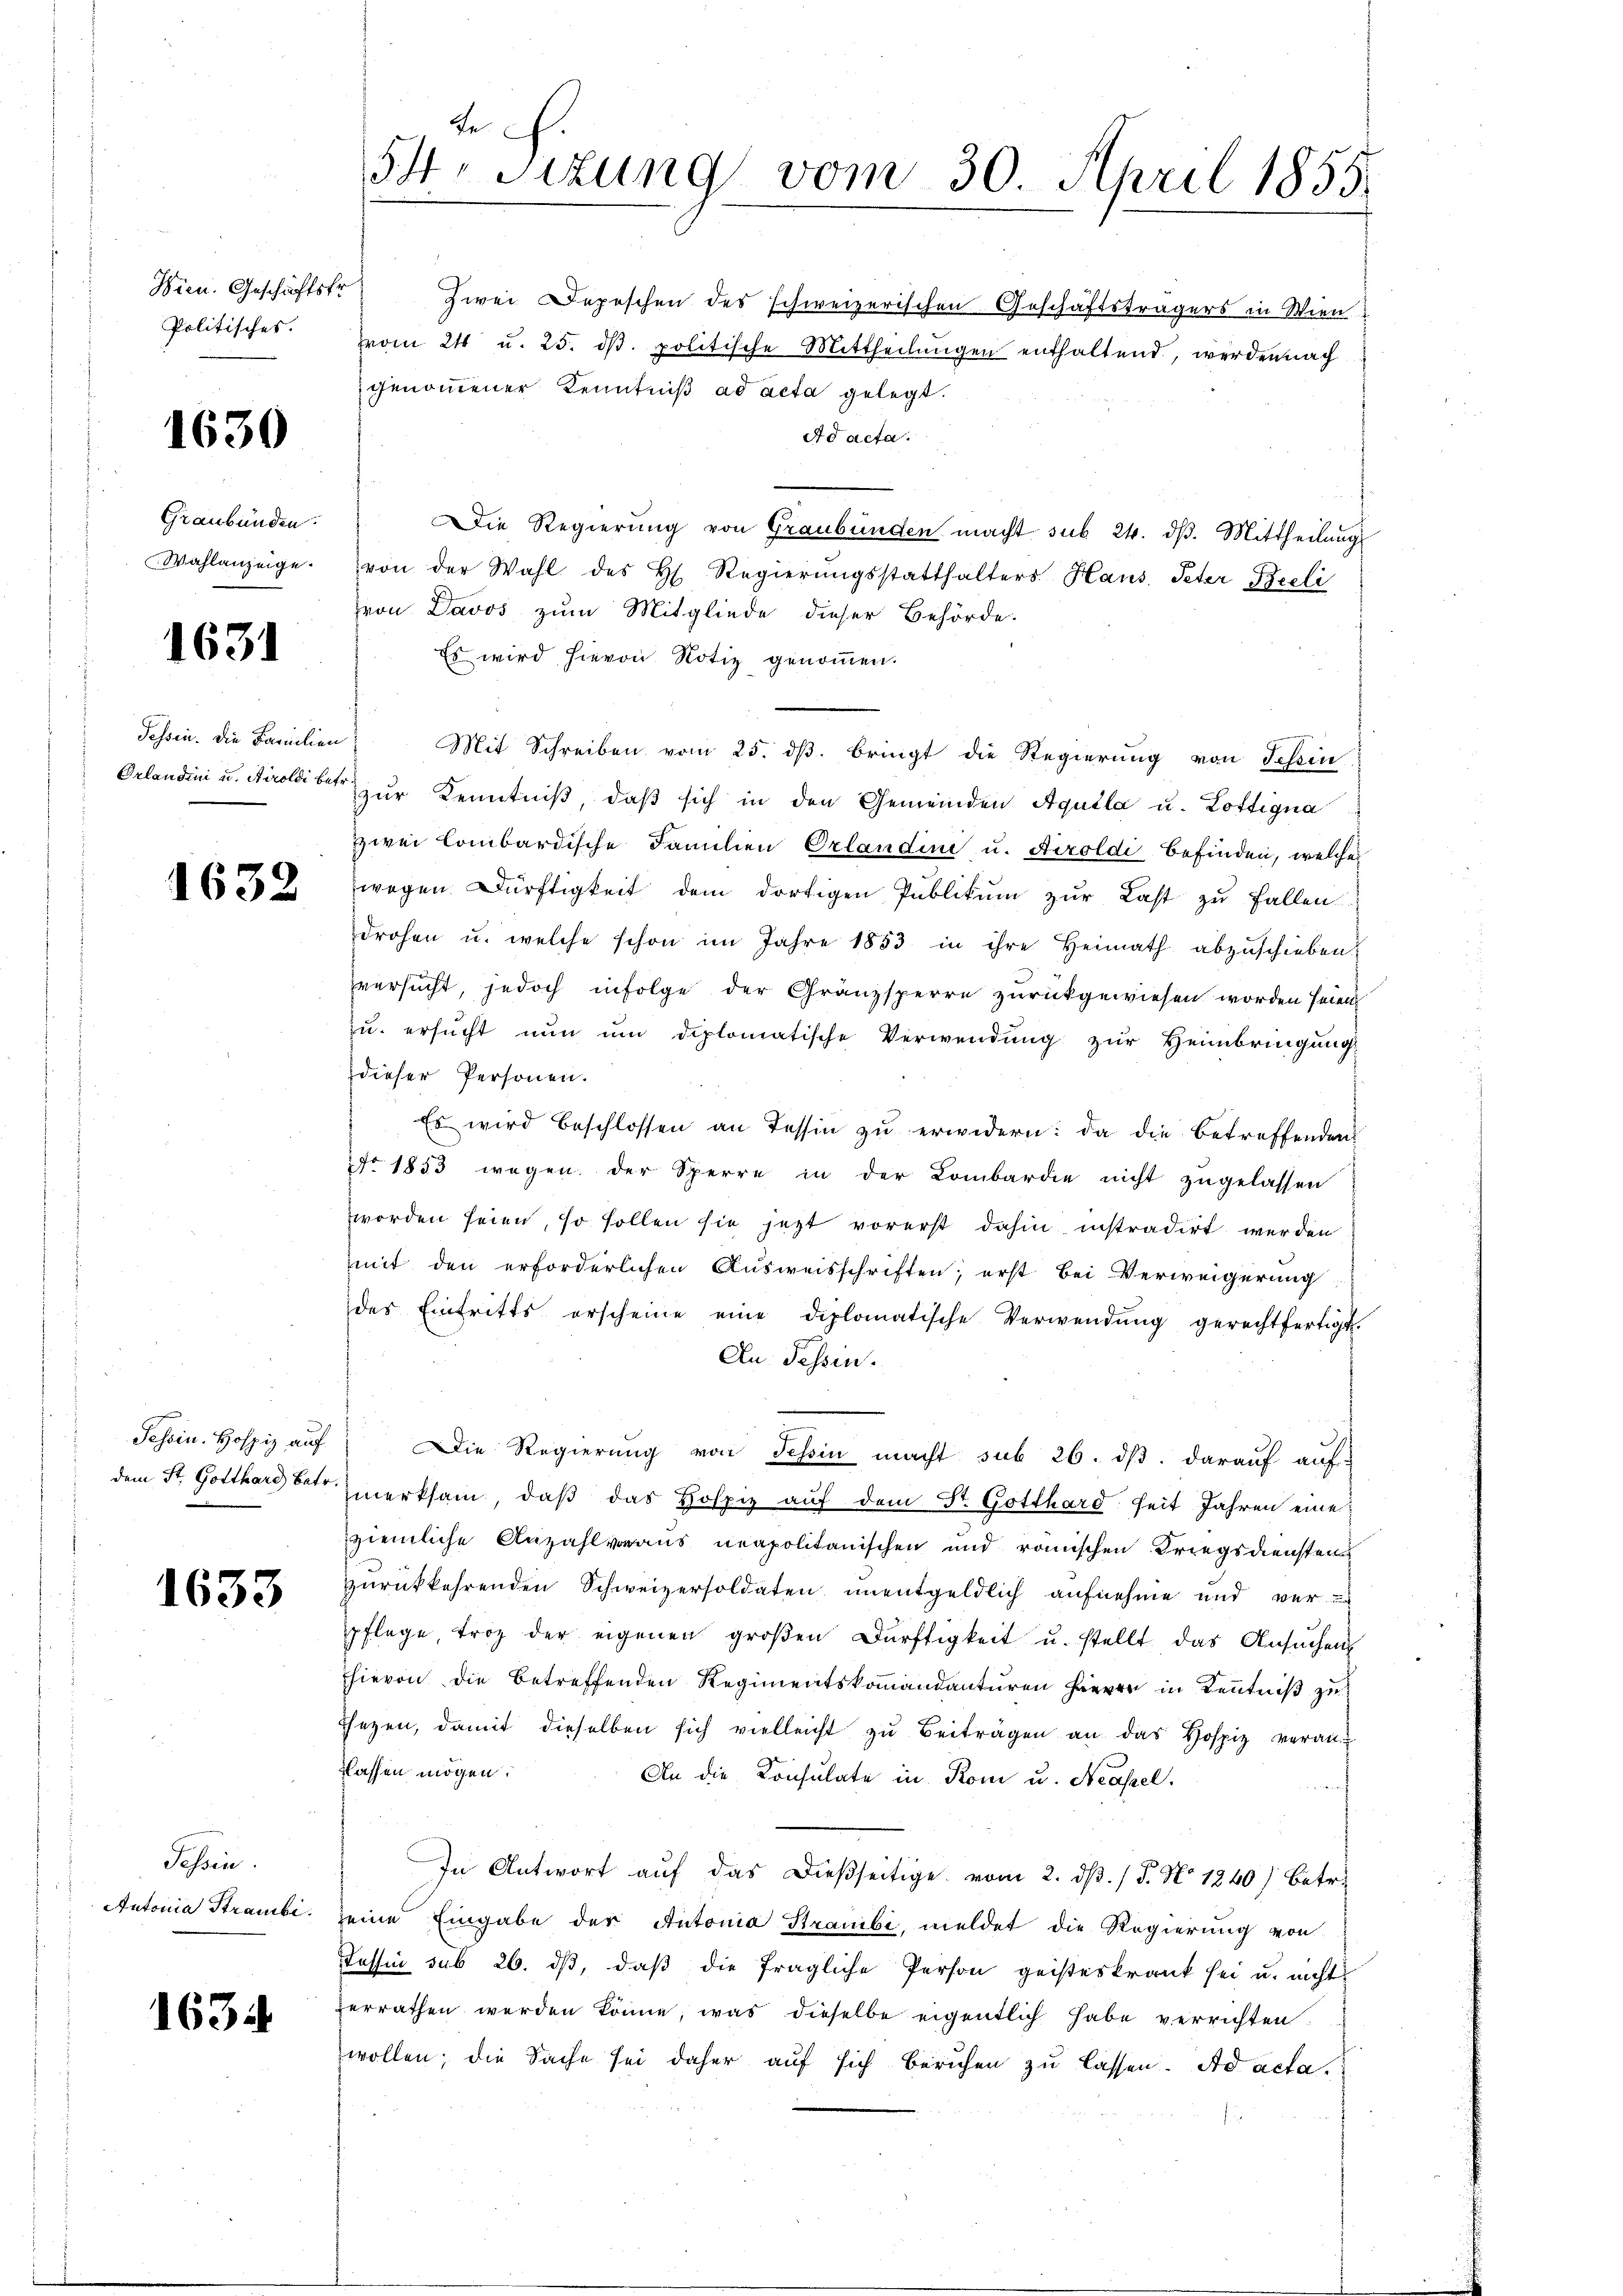
Politisches.

1630

Graubünden.
Wahlanzeige.

1631

1632

Tessin. Hofpiz auf
dem St. Gotthard Betr

1633

Sessen.
Antonia Strambi.

1634

de
54. Sitzung vom 30. April 1855.

vom 24 u. 25. dβ. politische Mittheilŭngen enthaltend, werden nach
genommener Kenntniß ad acta gelegt.
Ad acta.
Die Regierung von Graubünden macht sub 24. dβ. Mittheilung
von der Wahl des H. Regierŭngsstatthalters Haus, Peter Bieli
ron Davos zum Mitgliede dieser Behörde.
Es wird hievon Notiz genommen.
Schsen. Die Familien. Mit Schreiben vom 25. ds. bringt die Regierung von Schein
Orlandini u. Tiroldiber zur Kenntniß, daß sich in den Gemeinden Aquila u. Lottigna
zwei lombardische Familien Orlandini u. Aezoldi befinden, welche
wegen Dürftigkeit dem dortigen Publikum zur Last zu fallen.
drohen u. welche schon im Jahre 1853 in ihre Heimath abzuschieben:
versucht, jedoch infolge der Gränzsperre zŭrückgewiesen worden seien
zu ersucht nun um diplomatische Verwendung zur Heimbringung
dieser Personen.
Es wird beschlossen an Tessin zu erwidern: da die betreffenden
No. 1853 wegen der Sperre in der Lombardie nicht zugelassen
worden seien, so sollen sie jetzt vorerst dahin instradirt werden
mit den erforderlichen Ausweisschriften; erst bei Verweigerung
des Eintritts erscheine eine diplomatische Verwendŭng gerechtfertigt.
Au Tessin.
Die Regierung von Schin macht sub 26. ds. darauf auf-
merksam, daβ das Hospiz auf dem St. Gotthard heit Jahren eine
ziemliche Anzahl aus neapolitanischen und römischen Kriegsdiensten
zurückkehrenden Schweizersoldaten unentgeldlich aufnehme und ver-
pflege, troz der eigenen groβen Dürftigkeit u. stellt das Ansuchen
hievon die betreffenden Regimentskommandanturen Herrn in Kenntniß zu
Ehezen, damit dieselben sich vielleicht zu Beiträgen an das Hospiz veran
flassen mögen.
An die Konsulate in Rom u. Neapel.
In Antwort auf das dießseitige vom 2. dβ. / 5. No 1240) betr.
seine Eingabe der Autonia Stranibi, meldet die Regierung von
Tessin sub 26. dβ, daß die fragliche Person geisteskrank sei u. nicht
zerrathen werden könne, was dieselbe eigentlich habe verrichten.
wollen; die Sache sei daher auf sich beruhen zu lassen. Ad acta.

Wien. Geschäftstr Zwei Depeschen des schweizerischen Geschäftsträgers in Wien